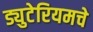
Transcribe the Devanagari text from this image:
ड्युटेरियमचे